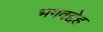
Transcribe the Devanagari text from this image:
भगवद्देह